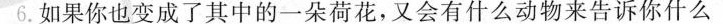
如果你也变成了其中的一朵荷花，又会有什么动物来告诉你什么